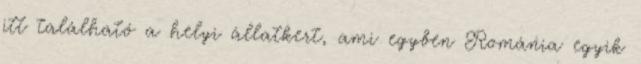
itt található a helyi állatkert, ami egyben Románia egyik